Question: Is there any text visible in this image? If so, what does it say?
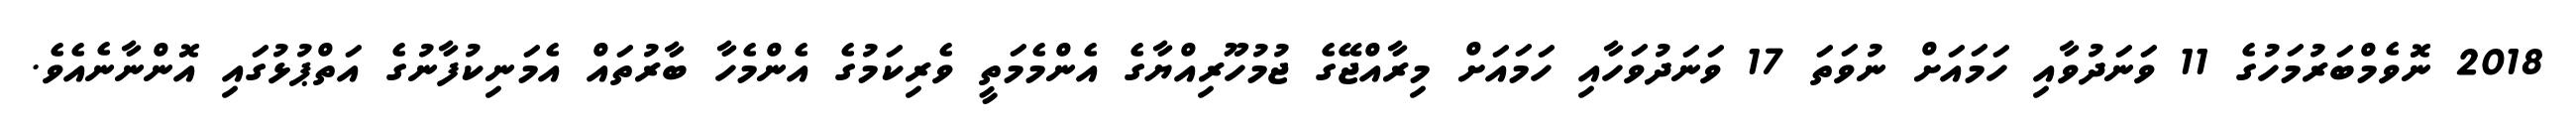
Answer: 2018 ނޮވެމްބަރުމަހުގެ 11 ވަނަދުވާއި ހަމައަށް ނުވަތަ 17 ވަނަދުވަހާއި ހަމައަށް މިރާއްޖޭގެ ޖުމުހޫރިއްޔާގެ އެންމެމަތީ ވެރިކަމުގެ އެންމެހާ ބާރުތައް އެމަނިކުފާނުގެ އަތްޕުޅުގައި އޮންނާނެއެވެ.